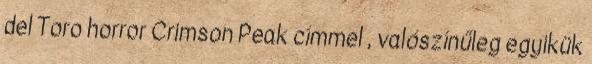
del Toro horror Crimson Peak címmel , valószínűleg egyikük